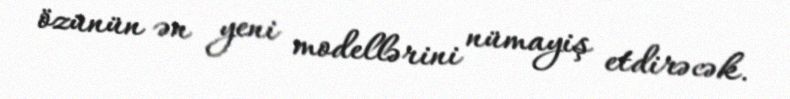
özünün ən yeni modellərini nümayiş etdirəcək.